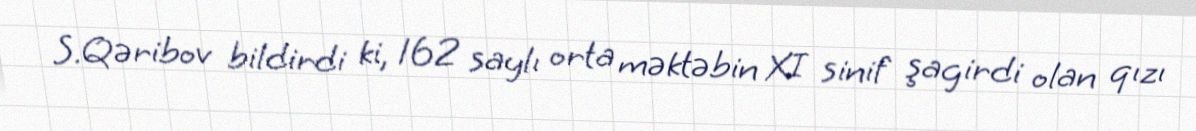
S.Qəribov bildirdi ki, 162 saylı orta məktəbin XI sinif şagirdi olan qızı